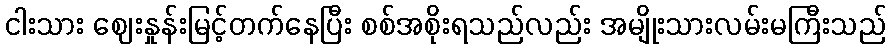
ငါးသား ဈေးနှုန်းမြင့်တက်နေပြီး စစ်အစိုးရသည်လည်း အမျိုးသားလမ်းမကြီးသည်